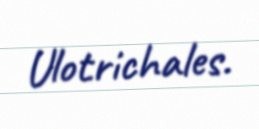
Ulotrichales.